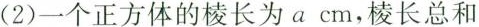
(2)一个正方体的棱长为 a cm，棱长总和